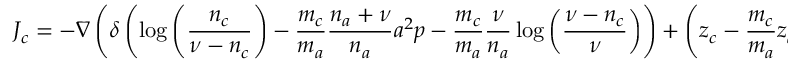
J _ { c } = - \nabla \left( \delta \left( \log { \left( \frac { n _ { c } } { \nu - n _ { c } } \right) } - \frac { m _ { c } } { m _ { a } } \frac { n _ { a } + \nu } { n _ { a } } a ^ { 2 } p - \frac { m _ { c } } { m _ { a } } \frac { \nu } { n _ { a } } \log { \left( \frac { \nu - n _ { c } } { \nu } \right) } \right) + \left( z _ { c } - \frac { m _ { c } } { m _ { a } } z _ { a } \right) \phi \right) .